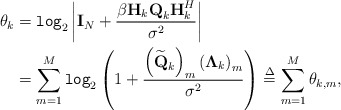
\begin{align*}\theta_k & = \texttt{log}_2\left|\textbf{I}_N+\frac{\beta\textbf{H}_k\textbf{Q}_k\textbf{H}_k^H}{\sigma^2}\right| \\ & = \sum_{m=1}^M\texttt{log}_2\left(1+\frac{\left(\widetilde{\textbf{Q}}_k\right)_{m}\left(\mathbf{\Lambda}_k\right)_{m}}{\sigma^2}\right)\stackrel{\Delta}{=}\sum_{m=1}^M \theta_{k,m},\end{align*}